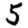
Digit: 5